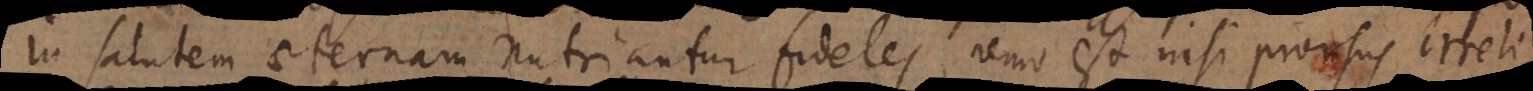
in salutem nutriantur fideles, nemo est nisi prorsus irreli